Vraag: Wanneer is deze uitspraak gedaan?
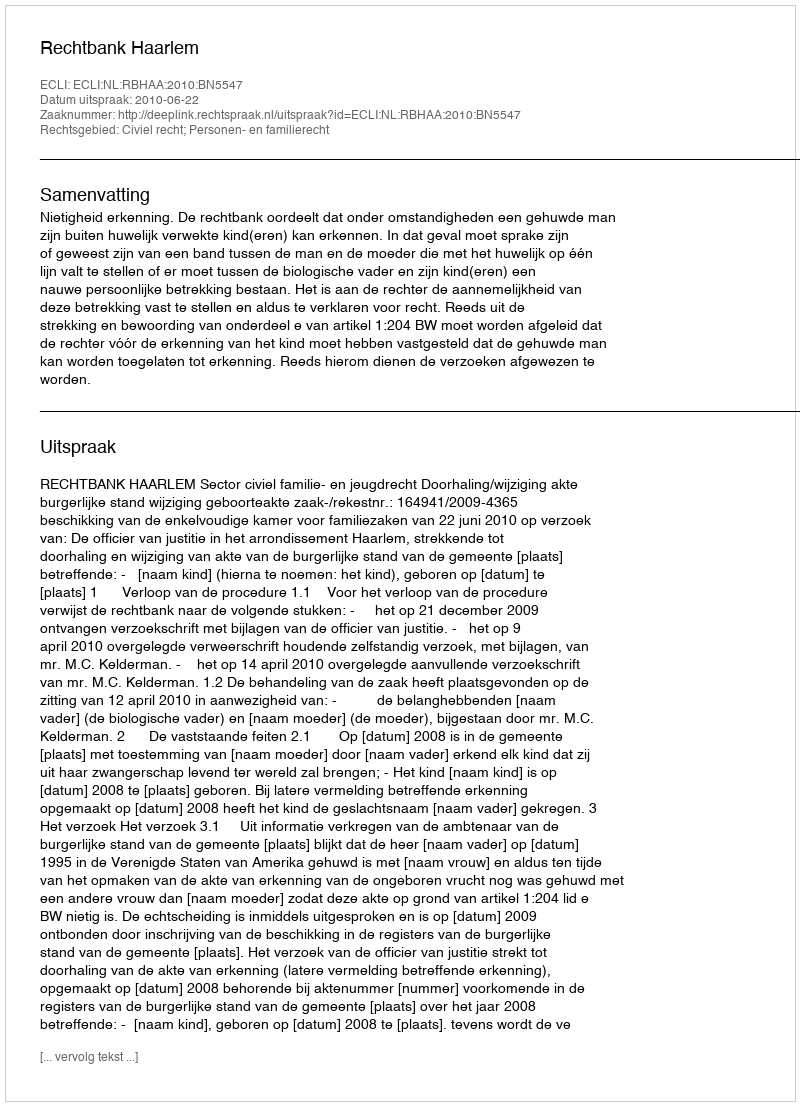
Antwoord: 2010-06-22